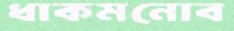
ধাকমনোব